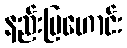
နည်းပြဟောင်း